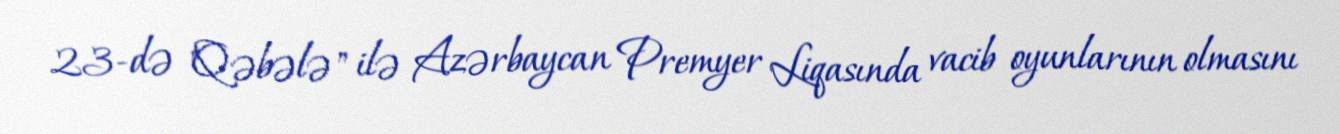
23-də "Qəbələ" ilə Azərbaycan Premyer Liqasında vacib oyunlarının olmasını